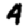
Digit: 4